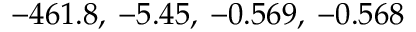
- 4 6 1 . 8 , \: - 5 . 4 5 , \: - 0 . 5 6 9 , \: - 0 . 5 6 8